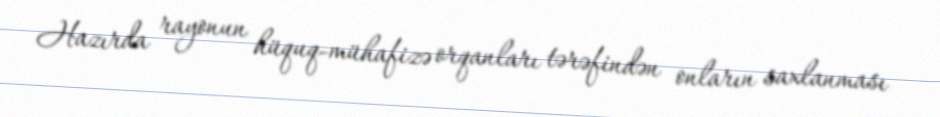
Hazırda rayonun hüquq-mühafizə orqanları tərəfindən onların saxlanması